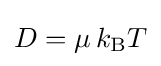
D=\mu \,k_{\text{B}}T